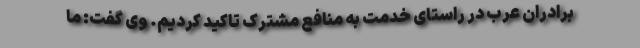
برادران عرب در راستای خدمت به منافع مشترک تاکید کردیم. وی گفت: ما